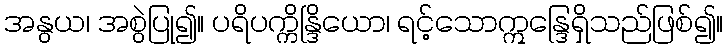
အနွယ၊ အစွဲပြု၍။ ပရိပက္ကိန္ဒြိယော၊ ရင့်သောဣန္ဒြေရှိသည်ဖြစ်၍။